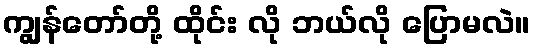
ကျွန်တော်တို့ ထိုင်း လို ဘယ်လို ပြောမလဲ။